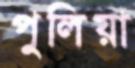
পুলিয়া